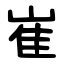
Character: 崔